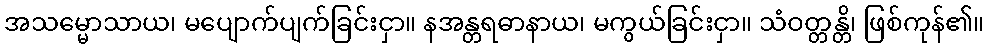
အသမ္မောသာယ၊ မပျောက်ပျက်ခြင်းငှာ။ နအန္တရဓာနာယ၊ မကွယ်ခြင်းငှာ။ သံဝတ္တန္တိ၊ ဖြစ်ကုန်၏။